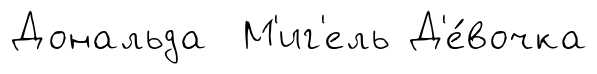
Дональда М'иг'ель Д'е́вочка